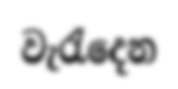
වැරැදෙන